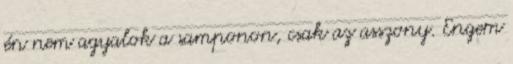
én nem agyalok a samponon, csak az asszony. Engem